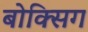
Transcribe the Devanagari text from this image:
बोक्सिग